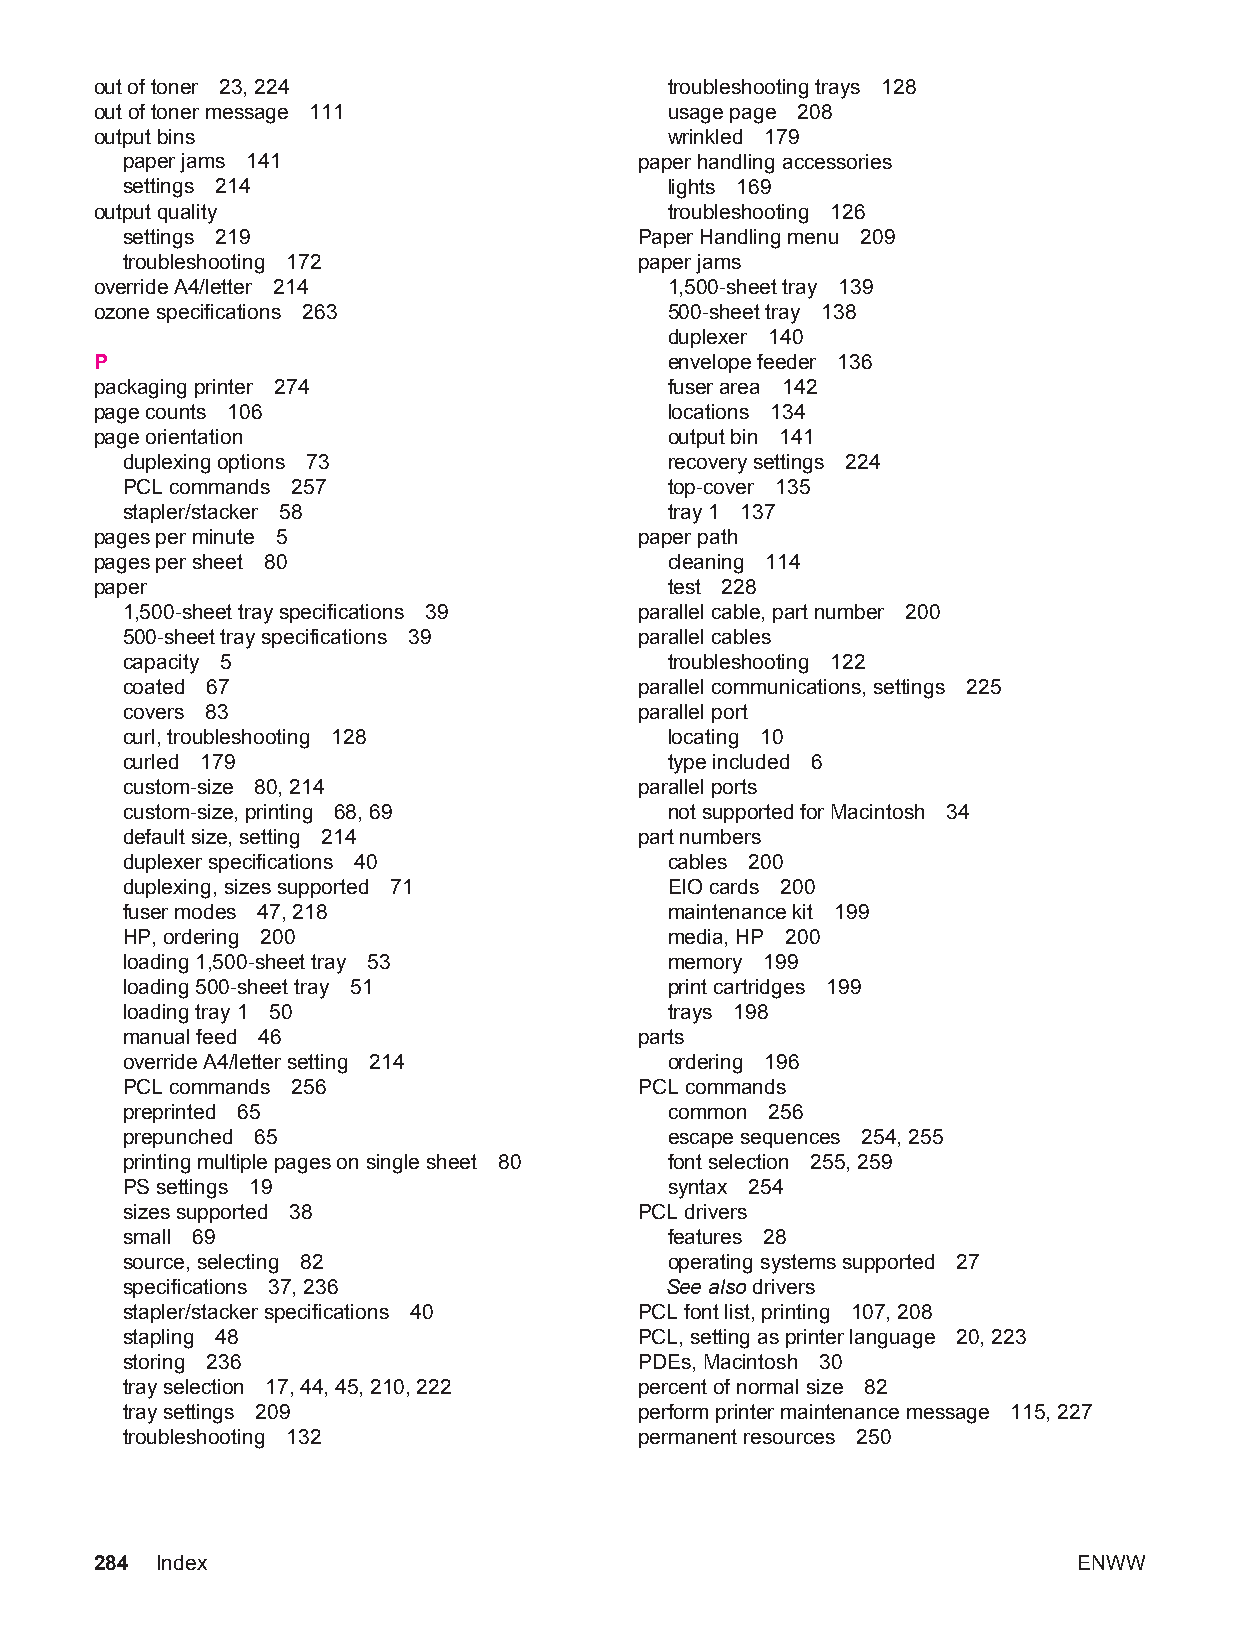
out of toner 23, 224                  troubleshooting trays 128
 out of toner message 111              usage page 208
 output bins                           wrinkled 179
 paper jams 141                    paper handling accessories
 settings 214                        lights 169
 output quality                        troubleshooting 126
 settings 219                      Paper Handling menu 209
 troubleshooting 172               paper jams
 override A4/letter 214                1,500-sheet tray 139
 ozone specifications 263              500-sheet tray 138
 duplexer 140
 P                                     envelope feeder 136
 packaging printer 274                 fuser area 142
 page counts 106                       locations 134
 page orientation                      output bin 141
 duplexing options 73                recovery settings 224
 PCL commands 257                    top-cover 135
 stapler/stacker 58                  tray 1 137
 pages per minute 5                  paper path
 pages per sheet 80                    cleaning 114
 paper                                 test 228
 1,500-sheet tray specifications 39 parallel cable, part number 200
 500-sheet tray specifications 39  parallel cables
 capacity 5                          troubleshooting 122
 coated 67                         parallel communications, settings 225
 covers 83                         parallel port
 curl, troubleshooting 128           locating 10
 curled 179                          type included 6
 custom-size 80, 214               parallel ports
 custom-size, printing 68, 69        not supported for Macintosh 34
 default size, setting 214         part numbers
 duplexer specifications 40          cables 200
 duplexing, sizes supported 71       EIO cards 200
 fuser modes 47, 218                 maintenance kit 199
 HP, ordering 200                    media, HP 200
 loading 1,500-sheet tray 53         memory 199
 loading 500-sheet tray 51           print cartridges 199
 loading tray 1 50                   trays 198
 manual feed 46                    parts
 override A4/letter setting 214      ordering 196
 PCL commands 256                  PCL commands
 preprinted 65                       common 256
 prepunched 65                       escape sequences 254, 255
 printing multiple pages on single sheet 80 font selection 255, 259
 PS settings 19                      syntax 254
 sizes supported 38                PCL drivers
 small 69                            features 28
 source, selecting 82                operating systems supported 27
 specifications 37, 236              See also drivers
 stapler/stacker specifications 40 PCL font list, printing 107, 208
 stapling 48                       PCL, setting as printer language 20, 223
 storing 236                       PDEs, Macintosh 30
 tray selection 17, 44, 45, 210, 222 percent of normal size 82
 tray settings 209                 perform printer maintenance message 115, 227
 troubleshooting 132               permanent resources 250
 284 Index                                                        ENWW